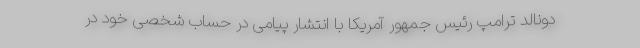
دونالد ترامپ رئیس جمهور آمریکا با انتشار پیامی در حساب شخصی خود در